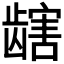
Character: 𫜯